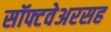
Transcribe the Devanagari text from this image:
सॉफ्टवेअरसह